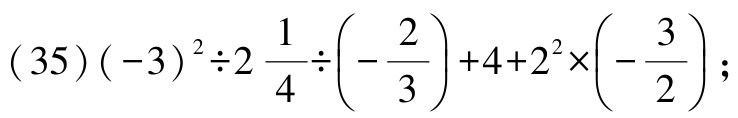
\((35)(-3)^{2}\div2\frac{1}{4}\div\left(-\frac{2}{3}\right)+4 + 2^{2}\times\left(-\frac{3}{2}\right);\)